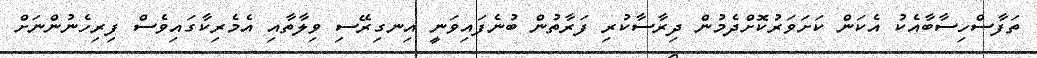
ތަފާސްހިސާބާއެކު އެކަން ކަށަވަރުކޮށްދެމުން ދިރާސާކުރި ފަރާތުން ބުނެފައިވަނީ އިނގިރޭސި ވިލާތާއި އެމެރިކާގައިވެސް ފިރިހެނުންނަށް